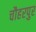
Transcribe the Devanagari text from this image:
चौहरपुर